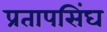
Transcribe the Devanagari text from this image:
प्रतापसिंघ